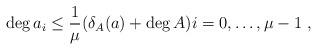
LaTeX: \begin{align*} \deg a_i \leq \frac{1}{\mu}(\delta_A(a) + \deg A) i=0,\dots,\mu-1 \ , \end{align*}